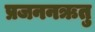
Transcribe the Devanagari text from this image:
प्रजननऋतु